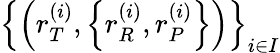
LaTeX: \left\{ \left(r_{T}^{\left(i\right)},\left\{ r_{R}^{\left(i\right)},r_{P}^{\left(i\right)}\right\} \right)\right\} _{i\in I}